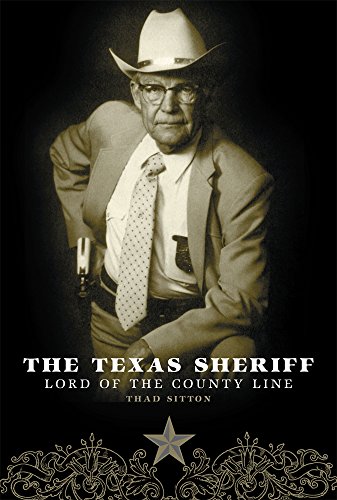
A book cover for The Texas Sheriff: Lord of the County Line; Thad Sitton; Law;